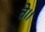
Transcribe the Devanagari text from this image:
ते।।